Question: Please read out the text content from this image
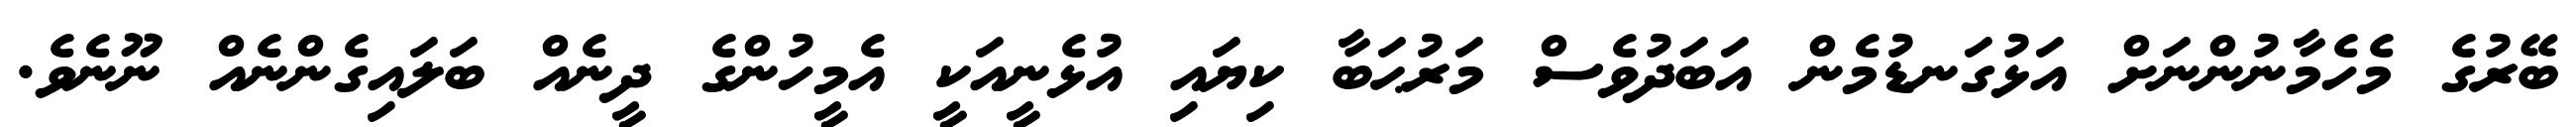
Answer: ބޭރުގެ މެހެމާނުންނަށް އަޅުގަނޑުމެން އަބަދުވެސް މަރުޙަބާ ކިޔައި އުޅެނީއަކީ އެމީހުންގެ ދީނެއް ބަލައިގެންނެއް ނޫނެވެ.